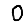
Digit: 0